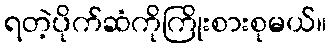
ရတဲ့ပိုက်ဆံကိုကြိုးစားစုမယ်။